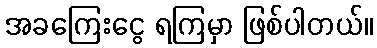
အခကြေးငွေ ရကြမှာ ဖြစ်ပါတယ်။